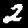
Digit: 2